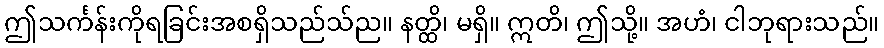
ဤသင်္ကန်းကိုရခြင်းအစရှိသည်သ်ည။ နတ္ထိ၊ မရှိ။ ဣတိ၊ ဤသို့။ အဟံ၊ ငါဘုရားသည်။